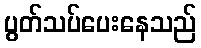
ပွတ်သပ်ပေးနေသည်